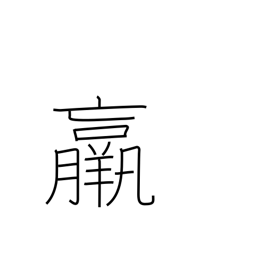
Meaning: thin